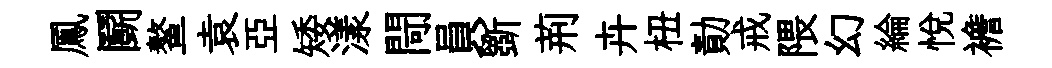
鳳鬬鳌袁亞矮漾閜員斵荊卉杻勣戒隈幻綸悦襜